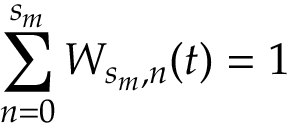
\sum _ { n = 0 } ^ { s _ { m } } W _ { s _ { m } , n } ( t ) = 1